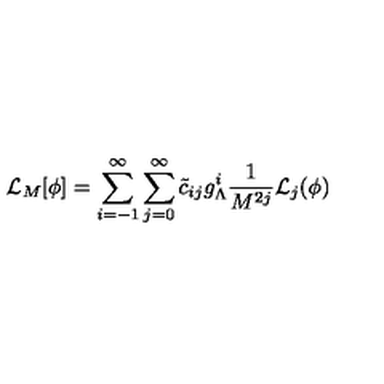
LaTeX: { \cal L } _ { M } [ \phi ] = \sum _ { i = - 1 } ^ { \infty } \sum _ { j = 0 } ^ { \infty } \tilde { c } _ { i j } g _ { \Lambda } ^ { i } \frac { 1 } { M ^ { 2 j } } { \cal L } _ { j } ( \phi )